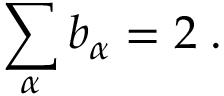
\sum _ { \alpha } b _ { \alpha } = 2 \; .